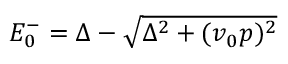
\begin{array} { r } { E _ { 0 } ^ { - } = \Delta - \sqrt { \Delta ^ { 2 } + ( v _ { 0 } p ) ^ { 2 } } } \end{array}